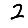
Digit: 2